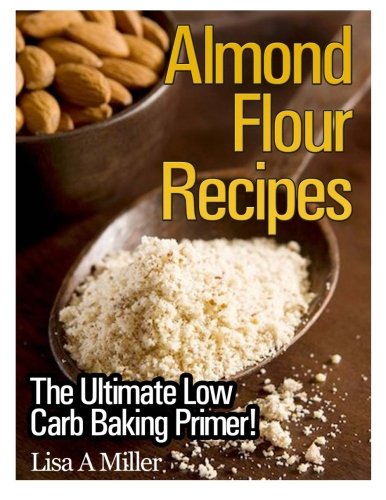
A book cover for Almond Flour Recipes: The Ultimate Low Carb; Lisa A Miller; Cookbooks, Food & Wine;